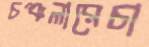
চঞ্চলারেচা